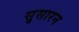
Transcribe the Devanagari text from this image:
सुसारन